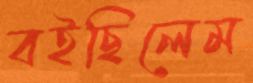
বইছিলেম